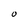
Character: O